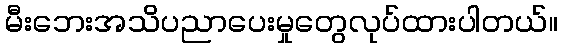
မီးဘေးအသိပညာပေးမှုတွေလုပ်ထားပါတယ်။